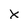
Character: X